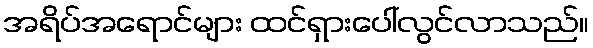
အရိပ်အရောင်များ ထင်ရှားပေါ်လွင်လာသည်။